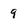
Character: 9